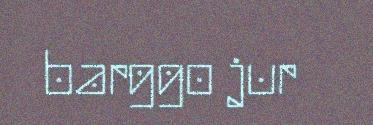
barggo jur